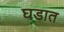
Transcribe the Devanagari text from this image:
घडात